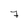
Character: 7